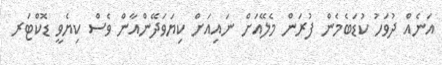
އަނެއް ދުވަހު ކުޑަބެމެން ފުރަން މެލޭއަށް ނައިއަށް ކިޔަވަދޭންއާން ވެސް ކިޔެވީ ޑޮކްޓަރ